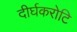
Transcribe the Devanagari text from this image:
दीर्घकरोटि